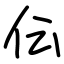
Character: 伝